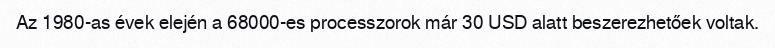
Az 1980-as évek elején a 68000-es processzorok már 30 USD alatt beszerezhetőek voltak.